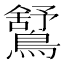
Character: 𪅰